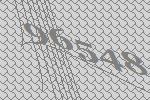
96548